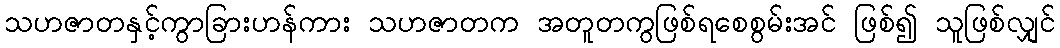
သဟဇာတနှင့်ကွာခြားဟန်ကား သဟဇာတက အတူတကွဖြစ်ရစေစွမ်းအင် ဖြစ်၍ သူဖြစ်လျှင်